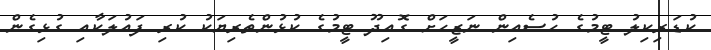
ކުޑަރިކިލު ޓީމުގެ ހުސެއިން ނަޒީހަށް ގޮއިދޫ ޓީމުގެ ކުޅުންތެރިޔަކު ކުރި ފައުލަކާއި ގުޅިގެން